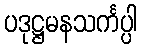
ပဒုဋ္ဌမနသင်္ကပ္ပါ